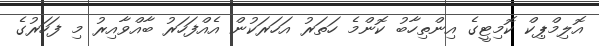
އޮލިމްޕިކް ކޮމިޓީގެ އިންތިހާބު ކޮންމެ ހަތަރު އަހަރަކުން އެއްފަހަރު ބާއްވާއިރު މި ފަހަރުގެ